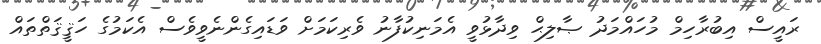
ރައީސް އިބުރާހިމް މުހައްމަދު ޞާލިޙް ވިދާޅުވީ އެމަނިކުފާނު ވެރިކަމަށް ވަޑައިގެންނެވީވެސް އެކަމުގެ ހަޤީޤަތްތައް